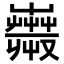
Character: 𧁇